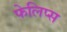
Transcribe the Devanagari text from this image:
फेलिप्स